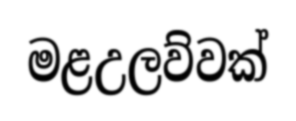
මළඋලව්වක්